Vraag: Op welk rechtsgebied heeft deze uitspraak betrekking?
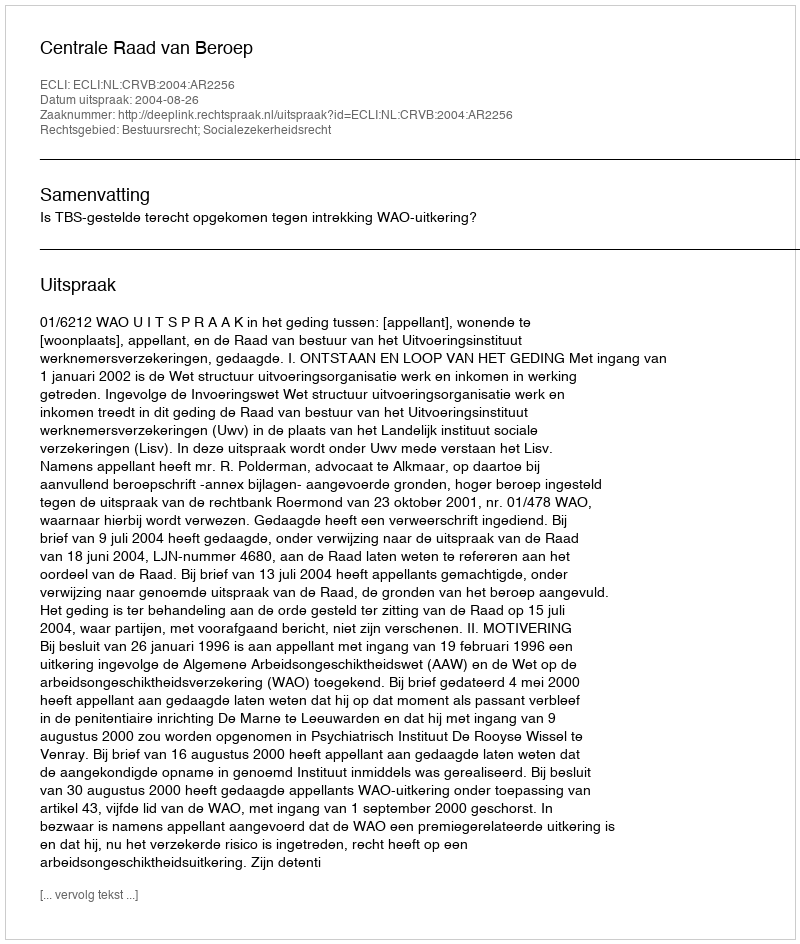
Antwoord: Bestuursrecht; Socialezekerheidsrecht